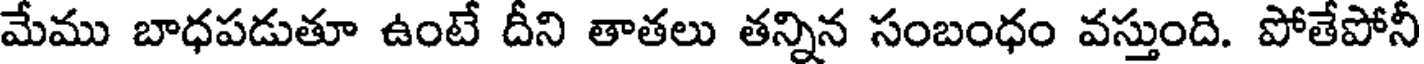
మేము బాధపడుతూ ఉంటే దీని తాతలు తన్నిన సంబంధం వస్తుంది. పోతేపోనీ